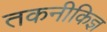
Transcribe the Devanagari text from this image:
तकनीकिज्ञ